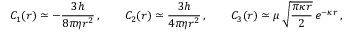
C _ { 1 } ( r ) \simeq - \frac { 3 h } { 8 \pi \eta r ^ { 2 } } \, , \qquad C _ { 2 } ( r ) \simeq \frac { 3 h } { 4 \pi \eta r ^ { 2 } } \, , \qquad C _ { 3 } ( r ) \simeq \mu \, \sqrt { \frac { \pi \kappa r } { 2 } } \, e ^ { - \kappa r } \, ,